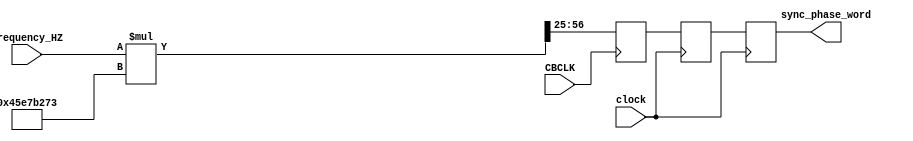
/*	
	Calculates  ratio = fo/fs = frequency/122.88Mhz where frequency is in MHz
	Each calculation should take no more than 1 CBCLK
*/

module freq_to_phase(clock, CBCLK, frequency_HZ, sync_phase_word );
	
input clock;
input CBCLK;
input [31:0] frequency_HZ;   	// frequency control bits for CORDIC
output reg  [31:0] sync_phase_word;

localparam M2 = 32'd1172812403;  // B57 = 2^57.  B57/122880000 = M2
reg  [31:0] phase_word;     	// CBCLK domain 
wire [63:0] ratio;
reg  [31:0] spw0;


assign ratio = frequency_HZ * M2; // B0 * B57 number = B57 number

always @ (posedge CBCLK)   // save phase word
begin
  phase_word <= ratio[56:25]; // B57 -> B32 number since R is always >= 0
end

always @ (posedge clock)   
begin
  {sync_phase_word, spw0} <= {spw0, phase_word};  // from CBCLK domain to clock domain
end 

endmodule